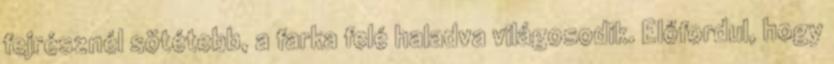
fejrésznél sötétebb, a farka felé haladva világosodik. Előfordul, hogy